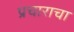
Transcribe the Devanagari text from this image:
प्रचाराचा